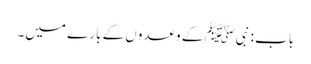
باب : نبیﷺ کے وعدوں کے بارے میں۔